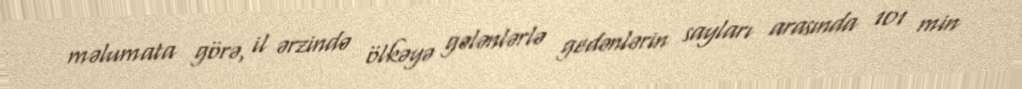
məlumata görə, il ərzində ölkəyə gələnlərlə gedənlərin sayları arasında 101 min